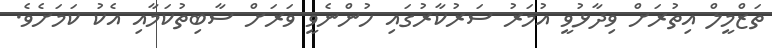
ތަޒްމީލް އިތުރަށް ވިދާޅުވީ އުމަރު ސަރުކާރުގައި ހުންނެވީ ވަރަށް ސާބިތުކަމާއި އެކު ކަމަށެވެ.